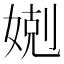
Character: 𡞢